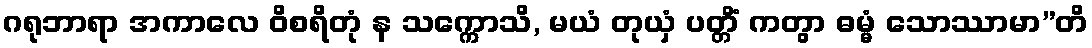
ဂရုဘာရာ အကာလေ ဝိစရိတုံ န သက္ကောသိ, မယံ တုယှံ ပတ္တိံ ကတွာ ဓမ္မံ သောဿာမာ”တိ